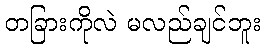
တခြားကိုလဲ မလည်ချင်ဘူး